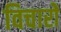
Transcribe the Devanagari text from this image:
विचारोें